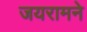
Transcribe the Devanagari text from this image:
जयरामने